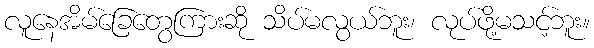
လူနေအိမ်ခြေတွေကြားဆို သိပ်မလွယ်ဘူး၊ လုပ်ဖို့မသင့်ဘူး။